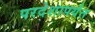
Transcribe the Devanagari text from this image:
परदेशापर्यंत